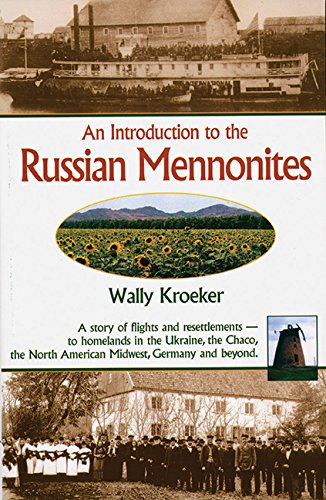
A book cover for Introduction to Russian Mennonites: A Story Of Flights And Resettlements-- To Homelands In The Ukraine, The Chaco, T; Wally Kroeker; Christian Books & Bibles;